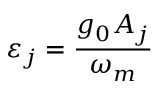
\varepsilon _ { j } = \frac { g _ { 0 } A _ { j } } { \omega _ { m } }